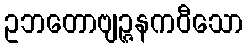
ဥဘတောဗျဉ္ဇနကဝီသော